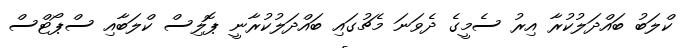
ކްލަބު ބައްދަލުކުރާ އިރު ސެމީގެ ދެވަނަ މެޗުގައި ބައްދަލުކުރާނީ ޕޮލިސް ކްލަބާއި ސްޕޯޓްސް